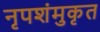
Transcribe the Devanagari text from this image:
नृपशंमुकृत